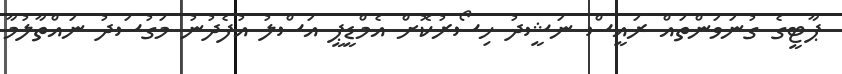
ޕާޓީގެ ގުނަވަންތައް ރައީސް ނަޝީދު ހިސޯރުކޮށް އެމްޑީޕީ އަސްލު އުފެދުނު މަގުސަދު ނައްތާލުމާ